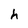
Character: h